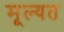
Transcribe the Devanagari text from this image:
मूल्यत